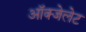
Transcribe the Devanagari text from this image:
ऑक्‍जेलेट